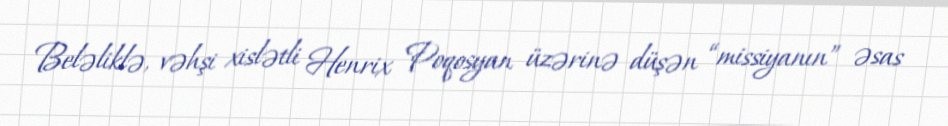
Beləliklə, vəhşi xislətli Henrix Poqosyan üzərinə düşən “missiyanın” əsas